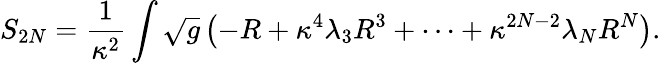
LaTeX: S_{2N}=\frac{1}{\kappa^{2}}\int\sqrt{g}\left(-R+\kappa^{4}\lambda_{3}R^{3}+\cdots+\kappa^{2N-2}\lambda_{N}R^{N}\right).